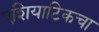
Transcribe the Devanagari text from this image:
एशियाटिकचा